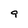
Character: 9